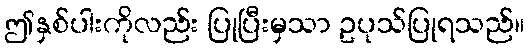
ဤနှစ်ပါးကိုလည်း ပြုပြီးမှသာ ဥပုသ်ပြုရသည်။